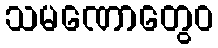
သမဏောတွေဝ